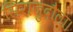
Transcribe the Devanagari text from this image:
सिराजुदौला।